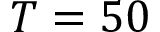
T = 5 0